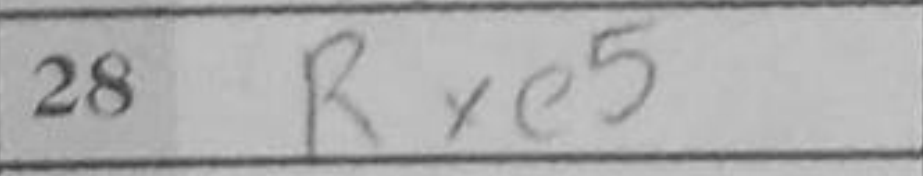
Transcription: Rxe5